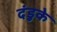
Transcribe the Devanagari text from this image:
दंडुके